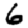
Digit: 6